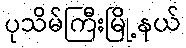
ပုသိမ်ကြီးမြို့နယ်